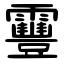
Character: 靊